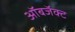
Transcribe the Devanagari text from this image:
ऑबजॅक्ट